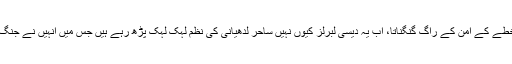
ارے اب کوئی کیوں نہیں خطے کے امن کے راگ گنگناتا، اب یہ دیسی لبرلز کیوں نہیں ساحر لدھیانی کی نظم لہک لہک پڑھ رہے ہیں جس میں انہیں نے جنگ کو مسائل کا انبار کہا تھا۔